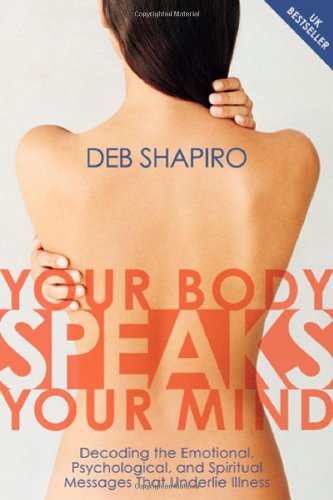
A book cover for Your Body Speaks Your Mind: Decoding the Emotional, Psychological, and Spiritual Messages That Underlie Illness; Deb Shapiro; Medical Books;